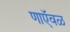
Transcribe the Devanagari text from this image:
णाऍवळ